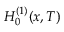
H _ { 0 } ^ { ( 1 ) } ( x , T )